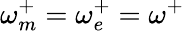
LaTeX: \omega_{m}^{+}=\omega_{e}^{+}=\omega^{+}